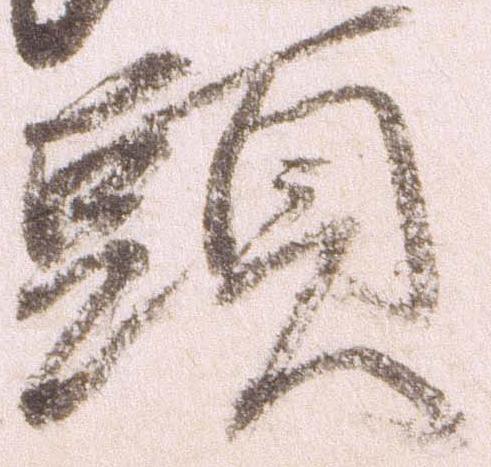
頭